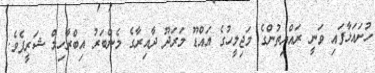
ހުށައަޅާފައި ވަނީ ރައްޔިތުންގެ މަޖިލީހުގެ އައްޑޫ މަރަދޫ ދާއިރާގެ މެންބަރު އިބްރާހިމް ޝަރީފެވެ.